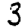
Digit: 3